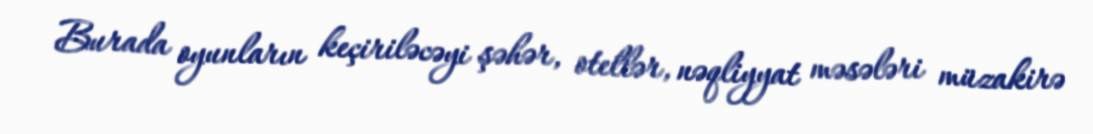
Burada oyunların keçiriləcəyi şəhər, otellər, nəqliyyat məsələri müzakirə